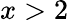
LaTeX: x>2